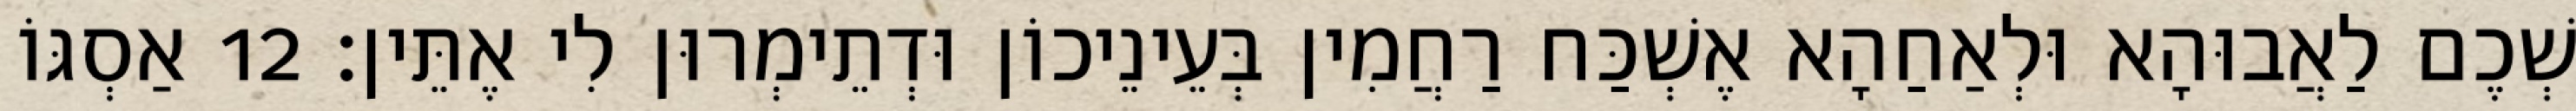
שְׁכֶם לַאֲבוּהָא וּלְאַחַהָא אֶשְׁכַּח רַחֲמִין בְּעֵינֵיכוֹן וּדְתֵימְרוּן לִי אֶתֵּין׃ 12 אַסְגּוֹ